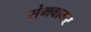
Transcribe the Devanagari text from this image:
संभवामर